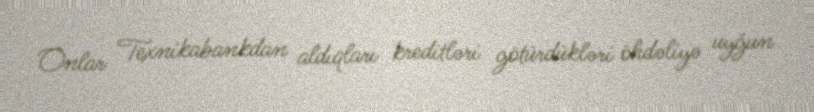
Onlar Texnikabankdan aldıqları kreditləri götürdükləri öhdəliyə uyğun